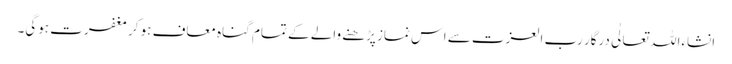
انشاءاللہ تعالٰی درگار رب العزت سے اس نماز پڑھنے والے کے تمام گناہ معاف ہو کر مغفرت ہوگی۔